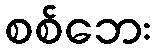
စစ်ဘေး